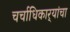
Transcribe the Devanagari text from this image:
चर्चाधिकार्‍यांचा